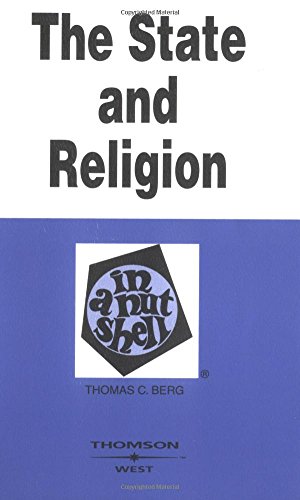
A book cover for The State and Religion in a Nutshell; Thomas Berg; Law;